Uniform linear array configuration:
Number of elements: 4
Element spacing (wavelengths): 0.75
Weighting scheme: kaiser
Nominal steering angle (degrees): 60
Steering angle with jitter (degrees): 61.988
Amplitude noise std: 0.05
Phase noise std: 0.05

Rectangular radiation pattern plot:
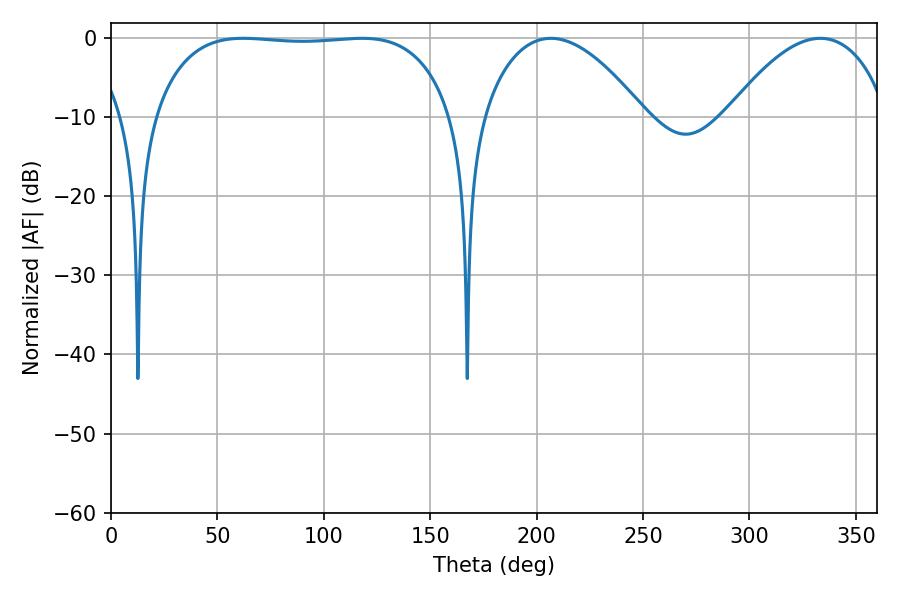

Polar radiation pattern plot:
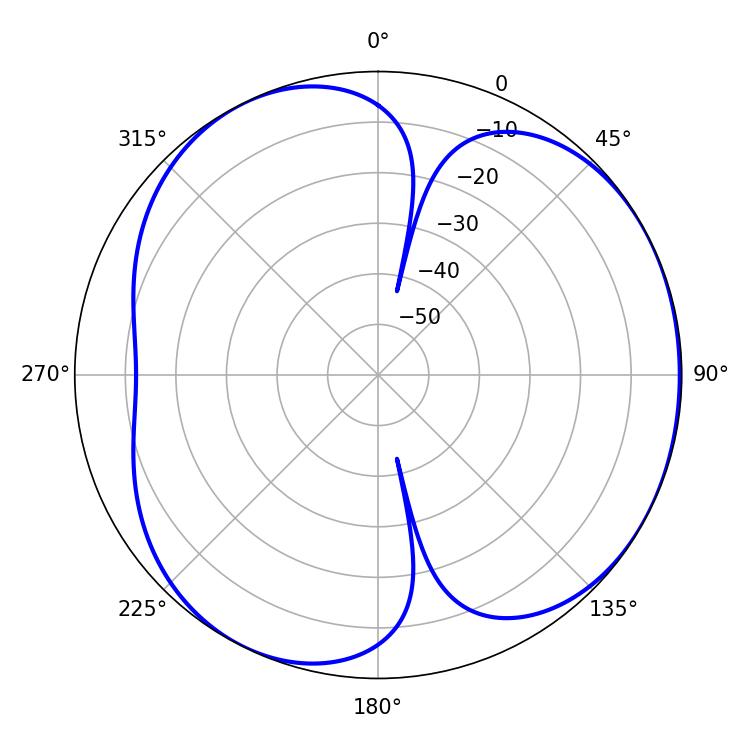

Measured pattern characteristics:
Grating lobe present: TRUE
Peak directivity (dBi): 4.109
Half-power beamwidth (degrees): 110.52
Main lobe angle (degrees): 62.1